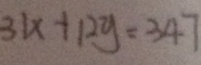
3 1 x + 1 2 y = 3 4 7